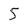
Character: 5